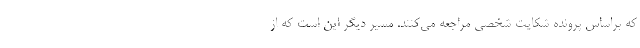
که براساس پرونده شکایت شخصی مراجعه می‌کنند. مسیر دیگر این است که از